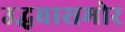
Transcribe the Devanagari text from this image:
उद्धवासमोर